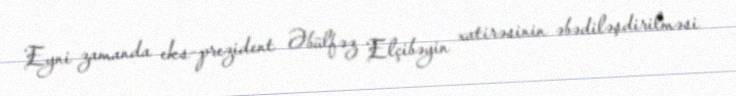
Eyni zamanda eks-prezident Əbülfəz Elçibəyin xatirəsinin əbədiləşdirilməsi